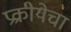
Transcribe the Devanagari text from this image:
प्रक्रीयेचा